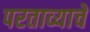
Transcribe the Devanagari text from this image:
परताव्याचे